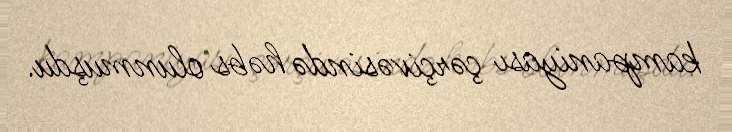
kampaniyası çərçivəsində həbs olunmuşdu.